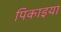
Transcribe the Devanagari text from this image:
पिकाइया